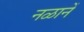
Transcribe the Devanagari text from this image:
नळानें